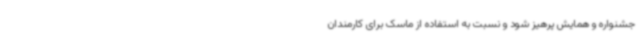
جشنواره و همایش پرهیز شود و نسبت به استفاده از ماسک برای کارمندان